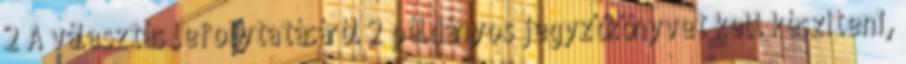
2 A választás lefolytatásáról 2 példányos jegyzőkönyvet kell készíteni,